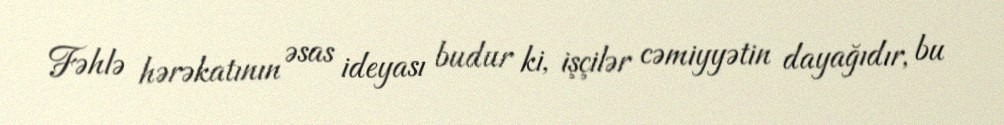
Fəhlə hərəkatının əsas ideyası budur ki, işçilər cəmiyyətin dayağıdır, bu